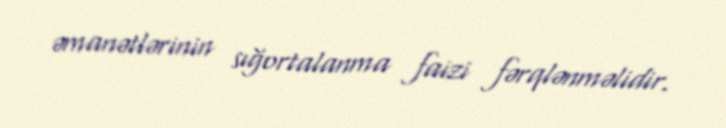
əmanətlərinin sığortalanma faizi fərqlənməlidir.